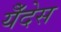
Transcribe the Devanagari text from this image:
येँदेस